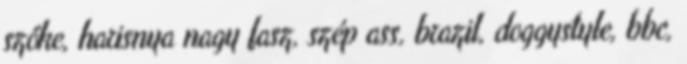
szőke, harisnya nagy fasz, szép ass, brazil, doggystyle, bbc,